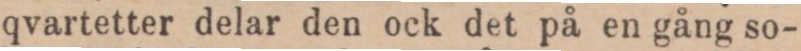
qvartetter delar den ock det på en gång so-